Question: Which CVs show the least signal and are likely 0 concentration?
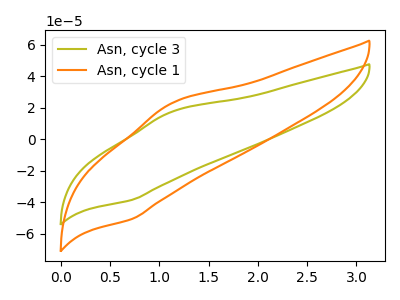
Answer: <think>The olive curve "Asn, cycle 3" has an anodic peak at (1.10V, 17.30uA) and a cathodic peak at (0.70V, -38.60uA). The orange curve "Asn, cycle 1" has an anodic peak at (1.10V, 22.75uA) and a cathodic peak at (0.70V, -50.75uA).</think>
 <answer>There are not any CV's on this graph that are likely to be blanks.</answer>
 <eval>none</eval>